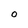
Character: O